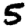
Digit: 5